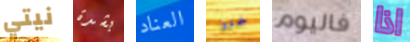
نيتي بشدة العناد خبز فاليوم اذا